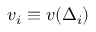
v _ { i } \equiv v ( \Delta _ { i } )